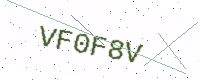
Text: VF0F8V